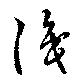
識